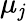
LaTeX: \mu_{\mathit{j}}